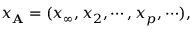
x _ { { \bf A } } = ( x _ { \infty } , x _ { 2 } , \cdots , x _ { p } , \cdots ) ,